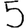
Digit: 5